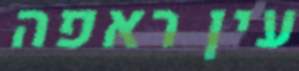
עין ראפה